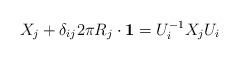
LaTeX: \begin{align*}X_{j} + \delta_{ij}2\pi R_{j}\cdot {\bf 1} = U_{i}^{-1}X_{j}U_{i}\end{align*}